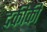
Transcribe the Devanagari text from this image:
दकीकी